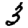
Digit: 3